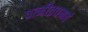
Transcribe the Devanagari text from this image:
पत्नीव्रतमहं